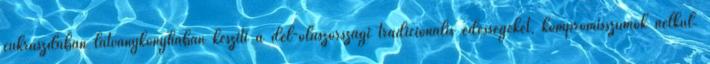
cukrászdában látványkonyhában készíti a dél-olaszországi tradicionális édességeket, kompromisszumok nélkül.